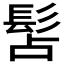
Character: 𩬑